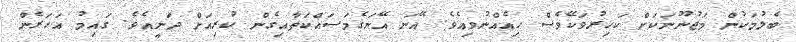
ބެލުމަކުން މަޖުނޫނަކަށް ކަހިރުވަކޭވެސް ހިއެއްނުވިއެވެ. އޭނަ އޭނަގެމަސައްކަތާއިގެން ކުރިއަށް ދަނީއެވެ. ގައިމު އަހަރެން